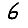
Digit: 6